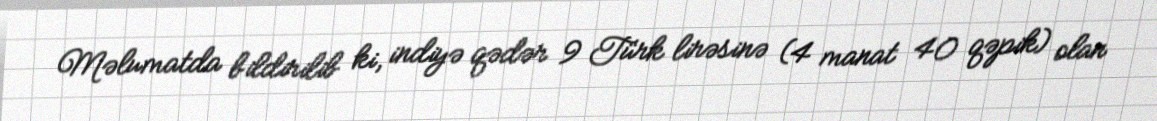
Məlumatda bildirilib ki, indiyə qədər 9 Türk lirəsinə (4 manat 40 qəpik) olan